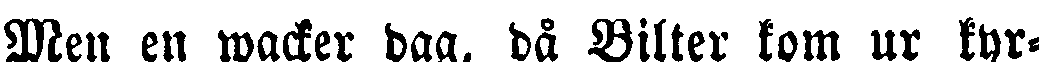
Men en wacker dag, då Bilter kom ur kyr-